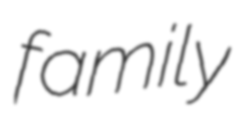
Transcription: family